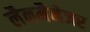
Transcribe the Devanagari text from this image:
लैनमैनेजर